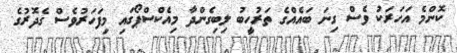
ކޮންމެ އަހަރަކު ވެސް ގިނަ ބައެއްގެ ތަރުހީބު ލިބިގެންދާ މިއެކްސްޕޯގައި މިފަހަރުވެސް ގެދޮރުގެ